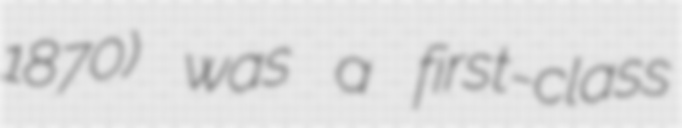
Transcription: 1870) was a first-class